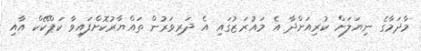
މާދަމާގެ ނިޔަލަށް ކުރިއަށްދާ އެ މައުރަޒުގައި އެ ދަރިވަރުން ތައްޔާރުކޮށްފައިވާ ކަޕްކޭކް އާއި